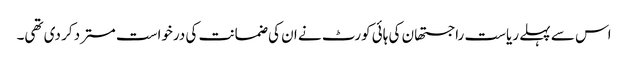
اس سے پہلے ریاست راجستھان کی ہائی کورٹ نے ان کی ضمانت کی درخواست مسترد کر دی تھی۔